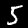
Label: 5